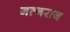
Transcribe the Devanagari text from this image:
नत्नराज